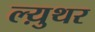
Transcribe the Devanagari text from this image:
ल्य़ुथर